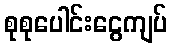
စုစုပေါင်းငွေကျပ်